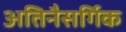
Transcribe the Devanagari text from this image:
अतिनैसर्गिक